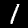
Digit: 1